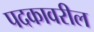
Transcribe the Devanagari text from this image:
पदकावरील